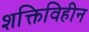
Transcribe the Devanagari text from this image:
शक्तिविहीन